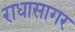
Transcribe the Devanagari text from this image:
राधासागर